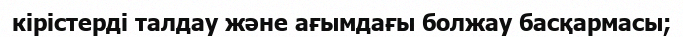
кірістерді талдау және ағымдағы болжау басқармасы;